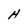
Character: H